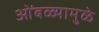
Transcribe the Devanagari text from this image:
ओंबळ्यामुळे